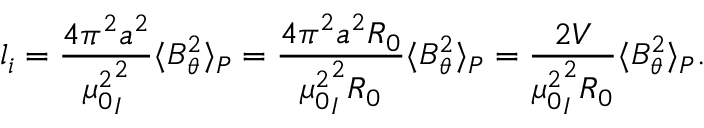
l _ { i } = \frac { 4 \pi ^ { 2 } a ^ { 2 } } { { \mu _ { 0 } ^ { 2 } } _ I ^ { 2 } } \langle B _ { \theta } ^ { 2 } \rangle _ { P } = \frac { 4 \pi ^ { 2 } a ^ { 2 } R _ { 0 } } { { \mu _ { 0 } ^ { 2 } } _ I ^ { 2 } R _ { 0 } } \langle B _ { \theta } ^ { 2 } \rangle _ { P } = \frac { 2 V } { { \mu _ { 0 } ^ { 2 } } _ I ^ { 2 } R _ { 0 } } \langle B _ { \theta } ^ { 2 } \rangle _ { P } .